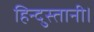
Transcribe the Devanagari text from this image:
हिन्दुस्तानी।